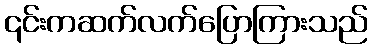
၎င်းကဆက်လက်ပြောကြားသည်